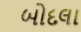
બોદલા